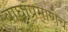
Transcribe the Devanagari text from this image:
वाघांप्रमाणेच